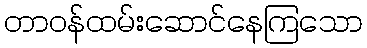
တာဝန်ထမ်းဆောင်နေကြသော